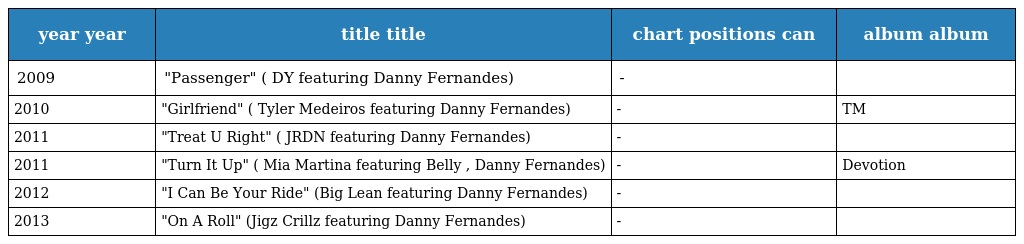
| year year | title title | chart positions can | album album |
 | --- | --- | --- | --- |
 | 2009 | "Passenger" ( DY featuring Danny Fernandes) | - |  |
 | 2010 | "Girlfriend" ( Tyler Medeiros featuring Danny Fernandes) | - | TM |
 | 2011 | "Treat U Right" ( JRDN featuring Danny Fernandes) | - |  |
 | 2011 | "Turn It Up" ( Mia Martina featuring Belly , Danny Fernandes) | - | Devotion |
 | 2012 | "I Can Be Your Ride" (Big Lean featuring Danny Fernandes) | - |  |
 | 2013 | "On A Roll" (Jigz Crillz featuring Danny Fernandes) | - |  |